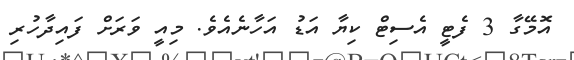
އޮމޭގާ 3 ފެޓީ އެސިޓް ކިޔާ އަޑު އަހާނެއެވެ. މިއީ ވަރަށް ފައިދާހުރި